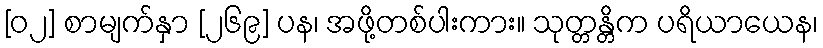
[၀၂] စာမျက်နှာ [၂၆၉] ပန၊ အဖို့တစ်ပါးကား။ သုတ္တန္တိက ပရိယာယေန၊